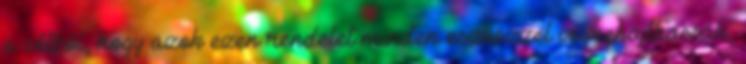
a célból, hogy azok ezen rendelet minden eszközzel végrehajthassák,